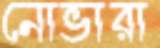
নোভারা